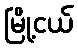
မြို့ငယ်